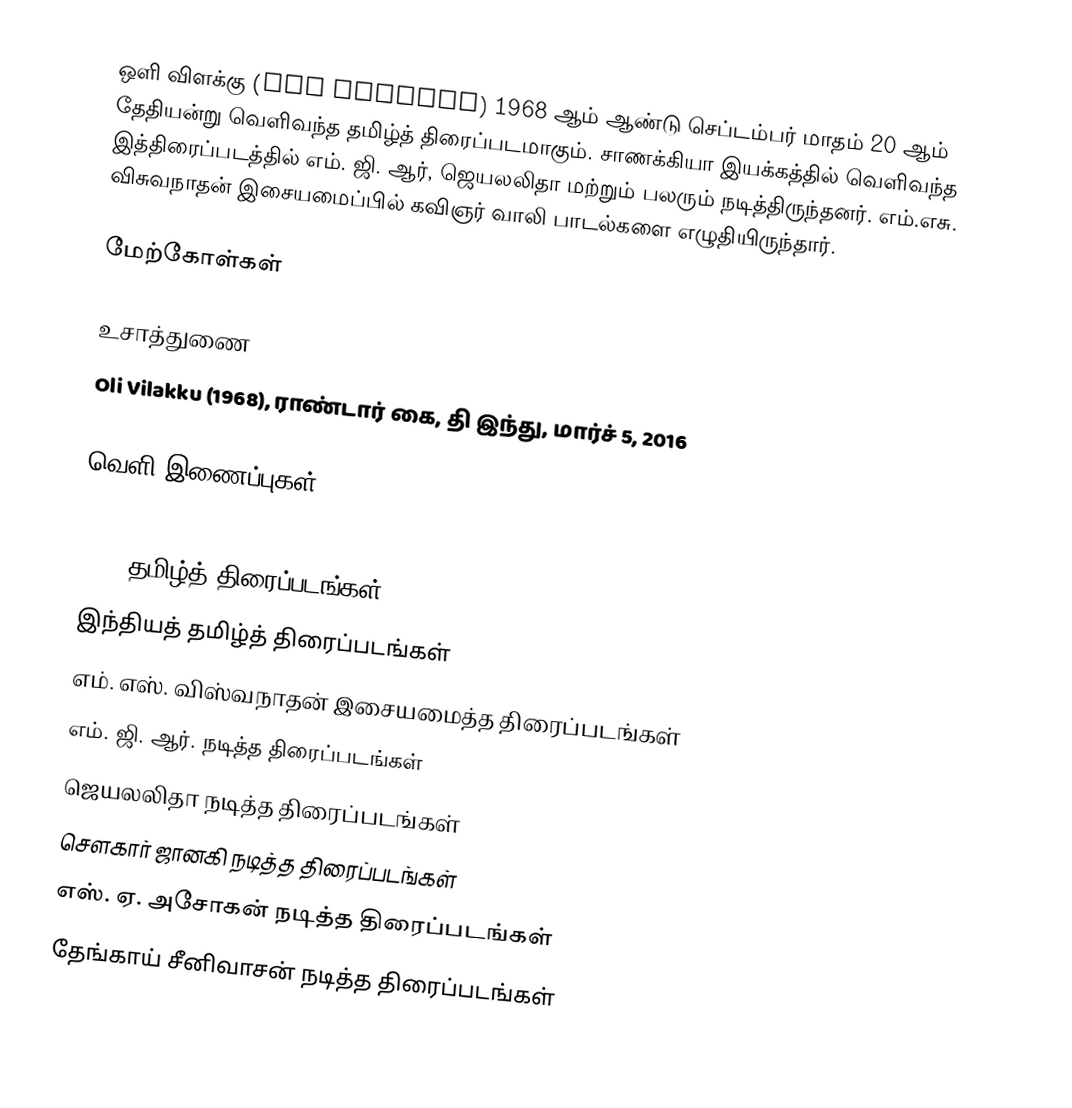
ஒளி விளக்கு (Oli Vilakku) 1968 ஆம் ஆண்டு செப்டம்பர் மாதம் 20 ஆம் தேதியன்று வெளிவந்த தமிழ்த் திரைப்படமாகும். சாணக்கியா இயக்கத்தில் வெளிவந்த இத்திரைப்படத்தில் எம். ஜி. ஆர், ஜெயலலிதா மற்றும் பலரும் நடித்திருந்தனர். எம்.எசு. விசுவநாதன் இசையமைப்பில் கவிஞர் வாலி பாடல்களை எழுதியிருந்தார்.

மேற்கோள்கள்

உசாத்துணை
Oli Vilakku (1968), ராண்டார் கை, தி இந்து, மார்ச் 5, 2016

வெளி இணைப்புகள்

1968 தமிழ்த் திரைப்படங்கள்
இந்தியத் தமிழ்த் திரைப்படங்கள்
எம். எஸ். விஸ்வநாதன் இசையமைத்த திரைப்படங்கள்
எம். ஜி. ஆர். நடித்த திரைப்படங்கள்
ஜெயலலிதா நடித்த திரைப்படங்கள்
சௌகார் ஜானகி நடித்த திரைப்படங்கள்
எஸ். ஏ. அசோகன் நடித்த திரைப்படங்கள்
தேங்காய் சீனிவாசன் நடித்த திரைப்படங்கள்